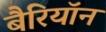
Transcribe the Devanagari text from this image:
बैरियॉन